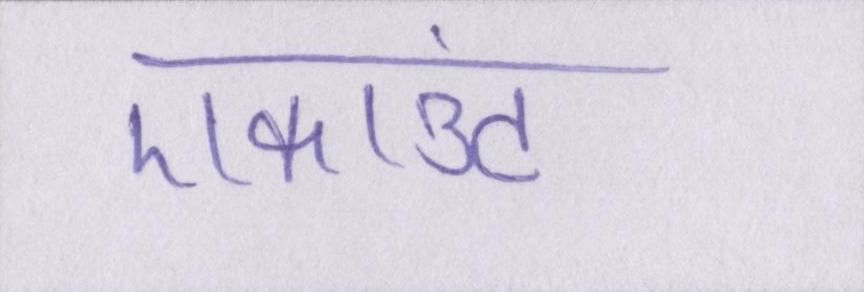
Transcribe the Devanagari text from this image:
एकाउंट